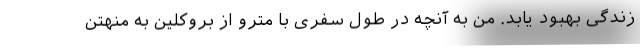
زندگی بهبود یابد. من به آنچه در طول سفری با مترو از بروکلین به منهتن